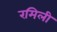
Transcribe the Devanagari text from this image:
रमिली